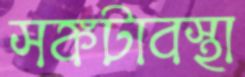
সঙ্কটাবস্থা